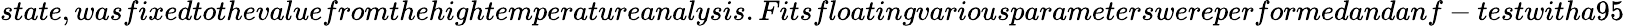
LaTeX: state,wasfixedtothevaluefromthehightemperatureanalysis.Fitsfloatingvariousparameterswereperformedandanf-testwitha95\